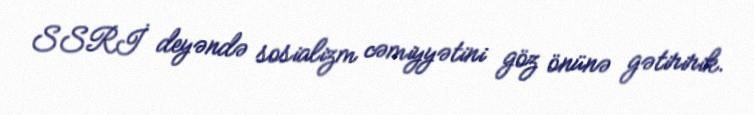
SSRİ deyəndə sosializm cəmiyyətini göz önünə gətiririk.